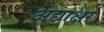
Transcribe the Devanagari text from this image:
अद्याक्षर